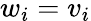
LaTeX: w_{i}=v_{i}